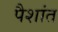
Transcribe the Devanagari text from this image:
पैशांत